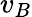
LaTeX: v_{B}